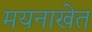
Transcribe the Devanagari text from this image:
मयनाखेत